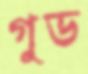
গুড